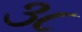
૩૮